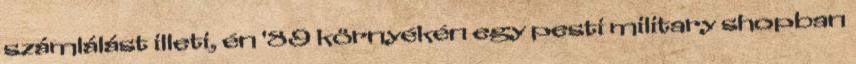
számlálást illeti, én '89 környékén egy pesti military shopban